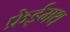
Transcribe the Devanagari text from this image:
फ्रेईमथ